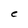
Character: C